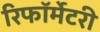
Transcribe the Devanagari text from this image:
रिफॉर्मेटरी